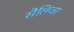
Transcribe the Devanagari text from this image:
सैलिंजर